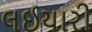
લઈયારી